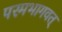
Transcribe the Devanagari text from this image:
परमभागवत्